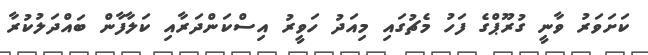
ކަށަވަރު ވާނީ ގުރޫޕްގެ ފަހު މެޗުގައި މިއަދު ހަވީރު އިސްކަންދަރާއި ކަލާފާން ބައްދަލުކުރާ